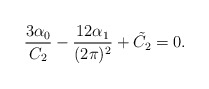
\begin{align*}\frac{3\alpha_{0}}{C_{2}}-\frac{12\alpha_{1}}{(2\pi)^{2}}+\tilde{C_{2}}=0.\end{align*}